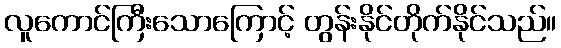
လူကောင်ကြီးသောကြောင့် တွန်းနိုင်တိုက်နိုင်သည်။